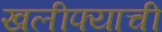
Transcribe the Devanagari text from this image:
खलीफ्याची